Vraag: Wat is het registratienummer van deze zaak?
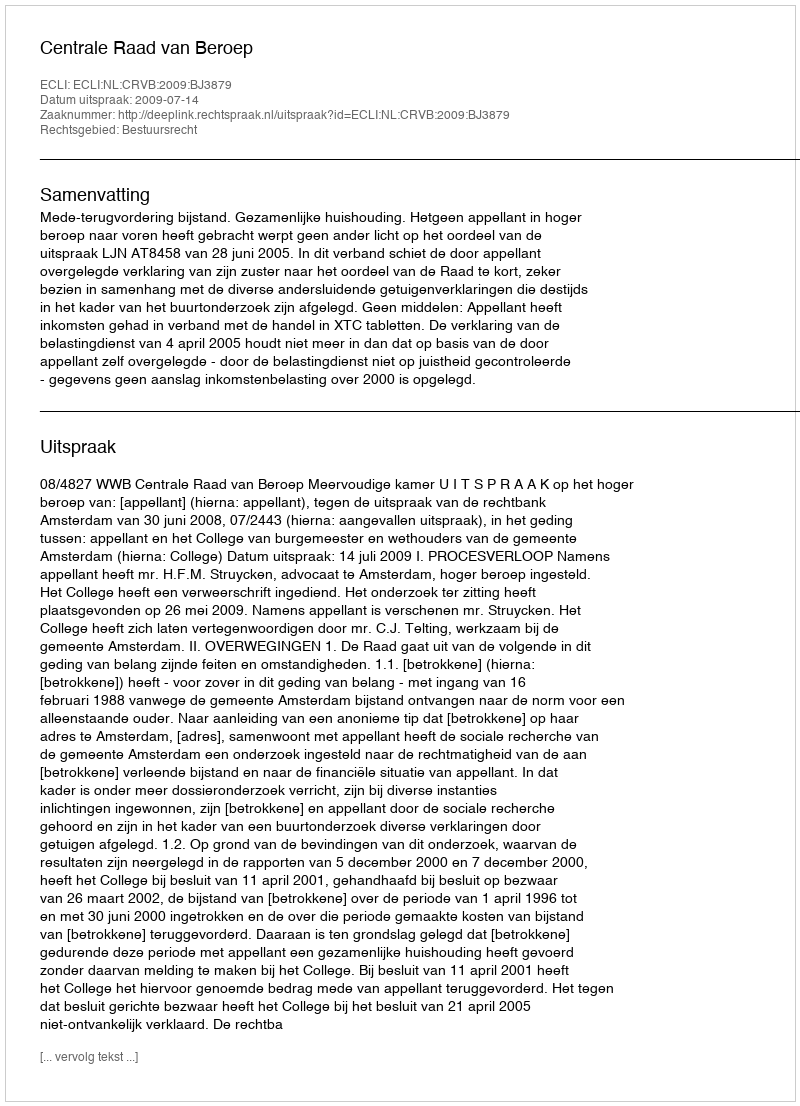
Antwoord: http://deeplink.rechtspraak.nl/uitspraak?id=ECLI:NL:CRVB:2009:BJ3879